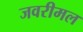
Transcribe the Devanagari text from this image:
जवरीमल